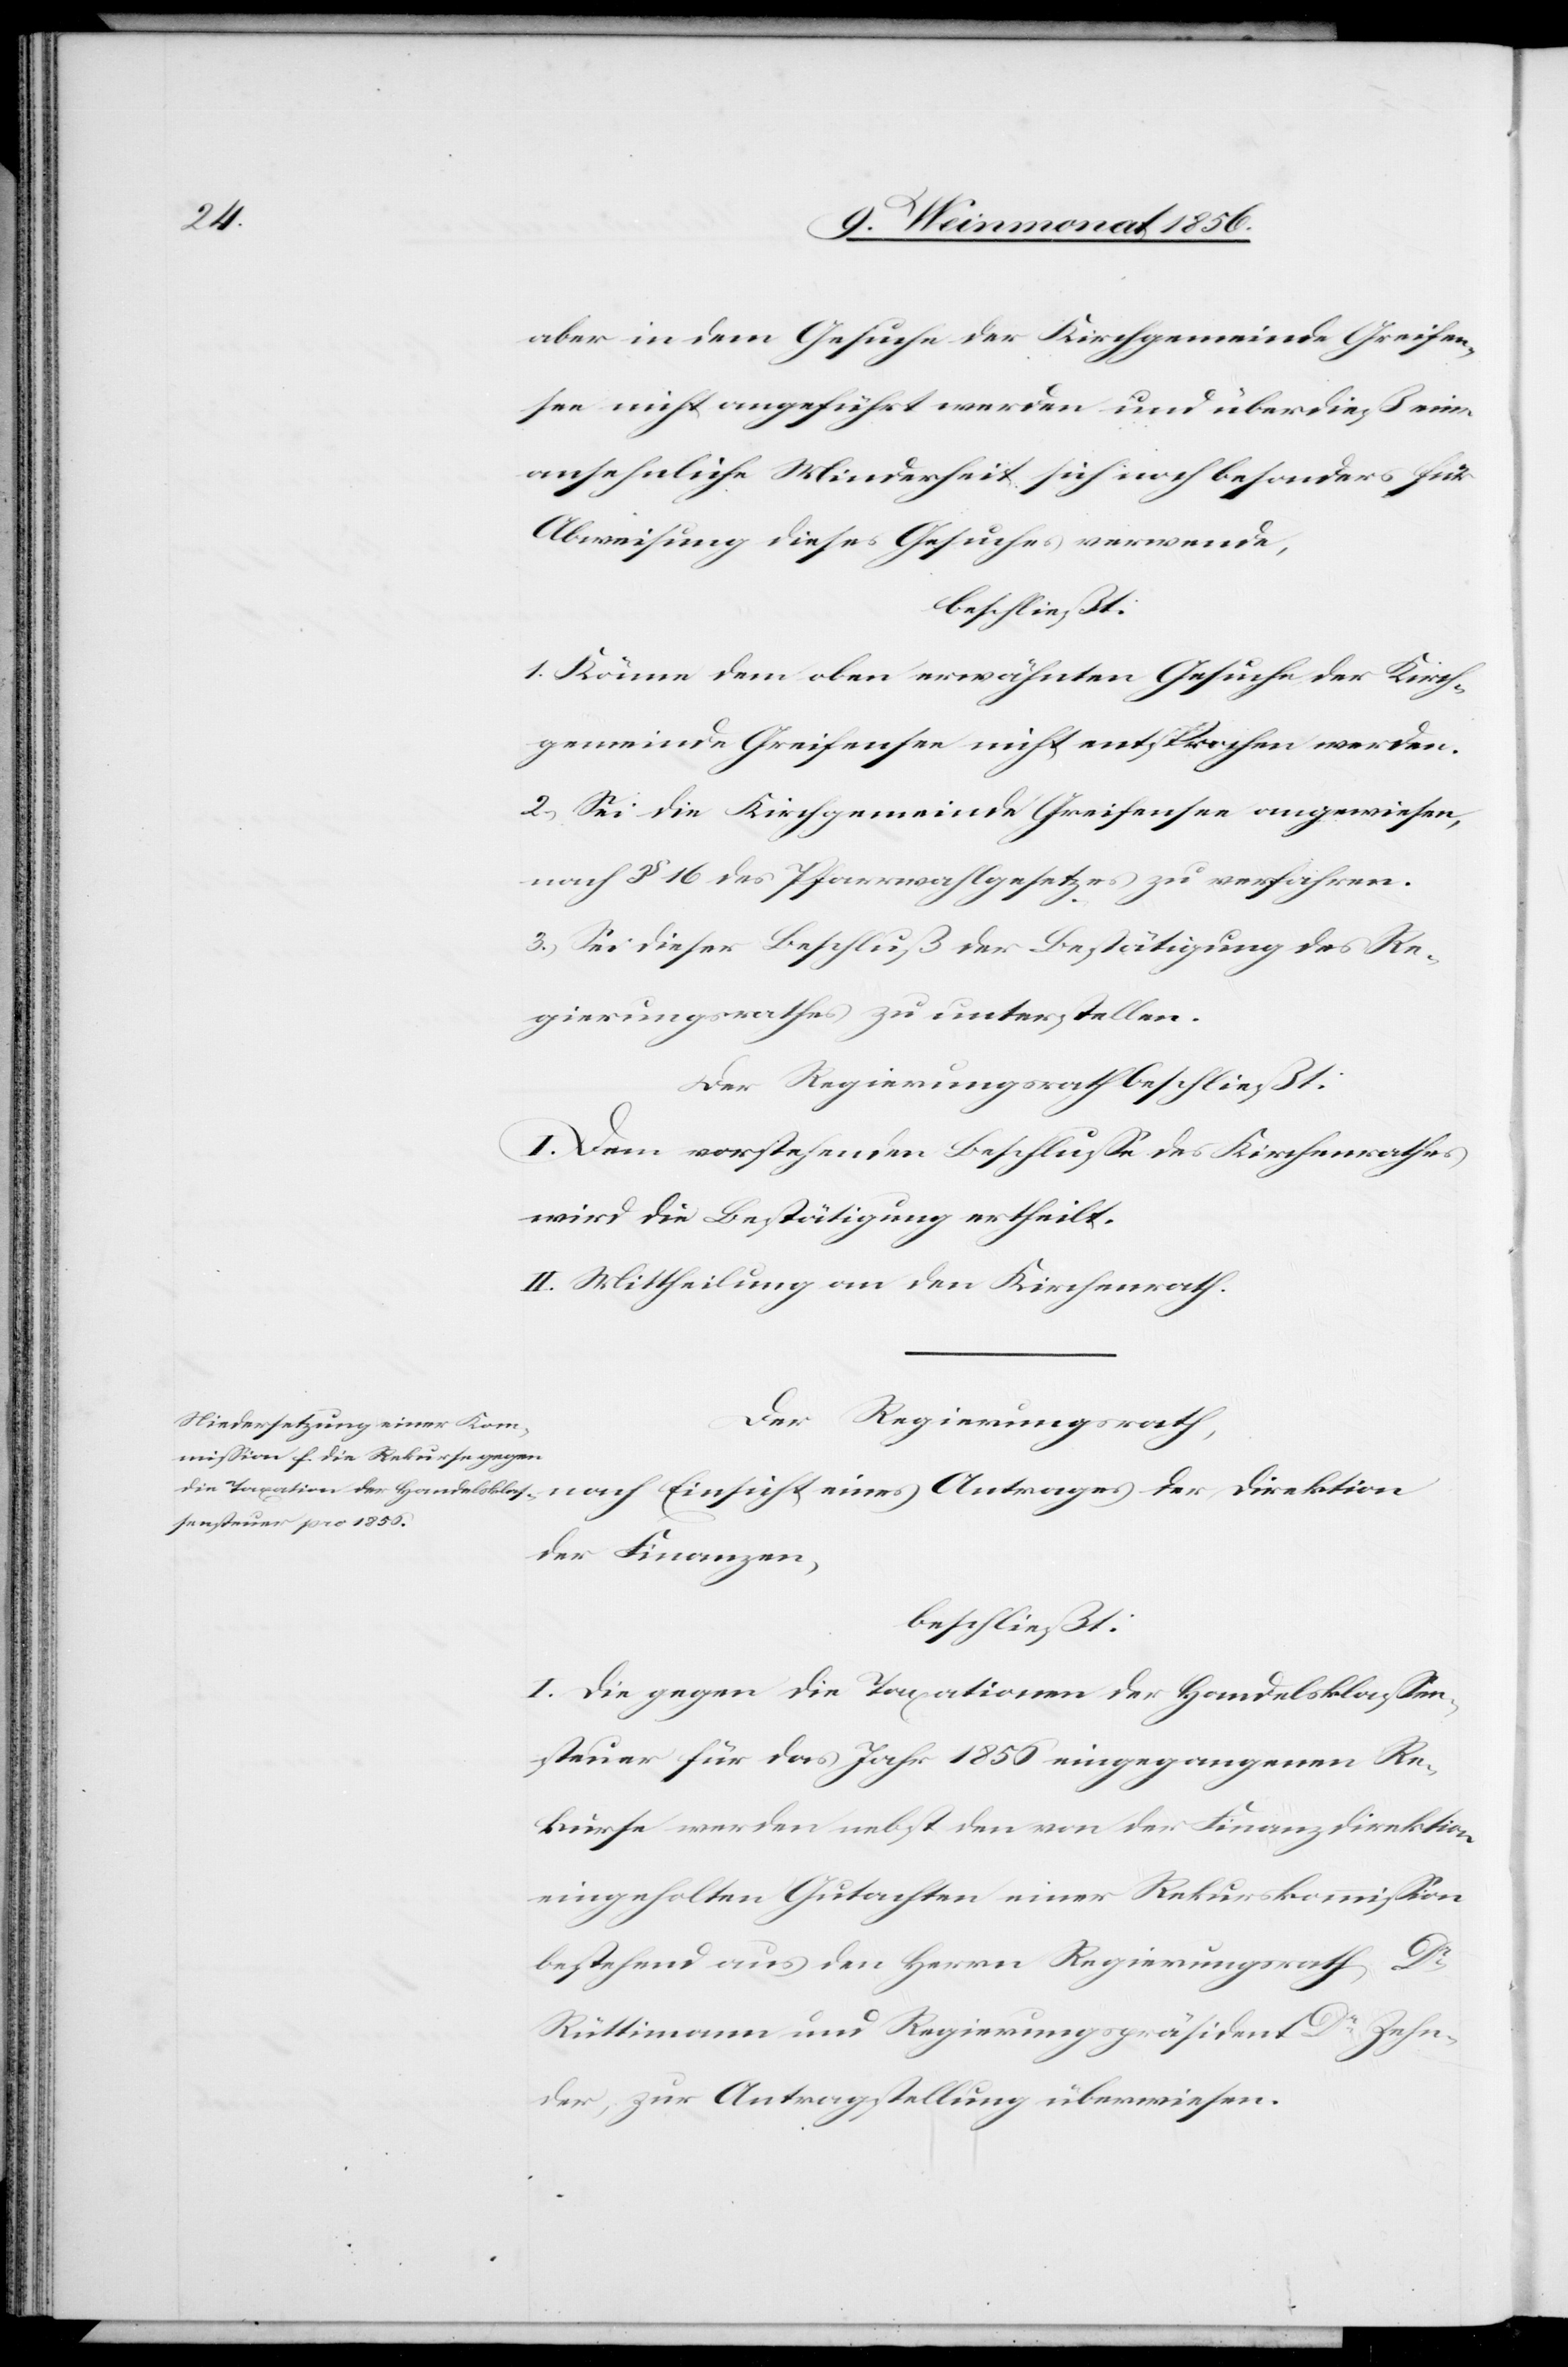
aber in dem Gesuche der Kirchgemeinde Greifen¬
see nicht angeführt werden und überdieß eine
ansehnliche Minderheit sich noch besonders für
Abweisung dieses Gesuches verwende,
1.) Könne dem oben erwähnten Gesuche der Kirch¬
gemeinde Greifensee nicht entsprochen werden.
2.) Sei die Kirchgemeinde Greifensee angewiesen,
nach § 16 des Pfarrwahlgesetzes zu verfahren.
3.) Sei dieser Beschluß der Bestätigung des Re¬
gierungsrathes zu unterstellen.
Der Regierungsrath beschließt:
I. Dem vorstehenden Beschlusse des Kirchenrathes
wird die Bestätigung ertheilt.
II. Mittheilung an den Kirchenrath.
Der Regierungsrath,
der Finanzen,
beschließt:
I. Die gegen die Taxationen der Handelsklassen¬
steuer für das Jahr 1856 eingegangenen Re¬
kurse werden nebst den von der Finanzdirektion
eingeholten Gutachten einer Rekurskommission
bestehend aus den Herrn Regierungsrath Dr
Rüttimann und Regierungspräsident Dr Zehn¬
der, zur Antragstellung überwiesen.